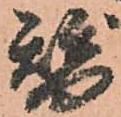
替